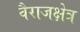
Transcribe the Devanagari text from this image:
वैराजक्षेत्र